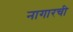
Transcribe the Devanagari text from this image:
नागारची